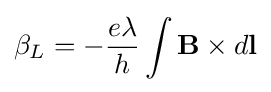
\beta _{L}=-{\frac {e\lambda }{h}}\int \mathbf {B} \times d\mathbf {l}